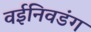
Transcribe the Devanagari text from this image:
वईनिवडंग